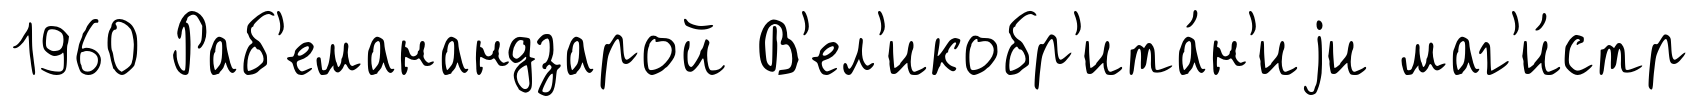
1960 Раб'еманандзарой В'ел'икобр'ита́н'иjи маг'и́стр